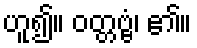
ဟူ၍။ ဝတ္တဗ္ဗံ၊ ၏။